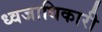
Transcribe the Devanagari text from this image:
ध्वजाधिकारी